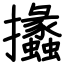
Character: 攭